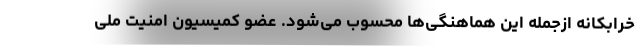
خرابکانه ازجمله این هماهنگی‌ها محسوب می‌شود. عضو کمیسیون امنیت ملی